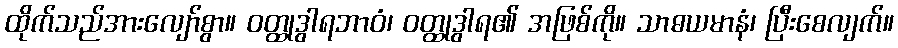
ထိုက်သည်အားလျော်စွာ။ ဝတ္ထုဒွါရဘာဝံ၊ ဝတ္ထုဒွါရ၏ အဖြစ်ကို။ သာဓယမာနံ၊ ပြီးစေလျက်။